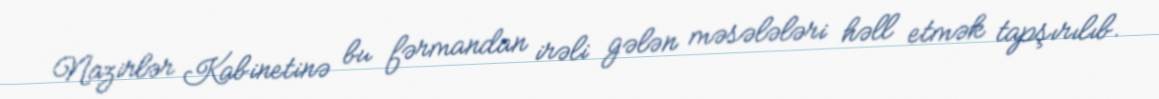
Nazirlər Kabinetinə bu fərmandan irəli gələn məsələləri həll etmək tapşırılıb.